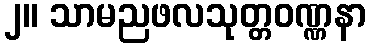
၂။ သာမညဖလသုတ္တဝဏ္ဏနာ